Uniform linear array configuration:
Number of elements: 48
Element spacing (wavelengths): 0.25
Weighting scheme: cosine
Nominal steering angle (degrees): -45
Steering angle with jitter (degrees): -43.069
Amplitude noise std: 0.05
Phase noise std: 0.05

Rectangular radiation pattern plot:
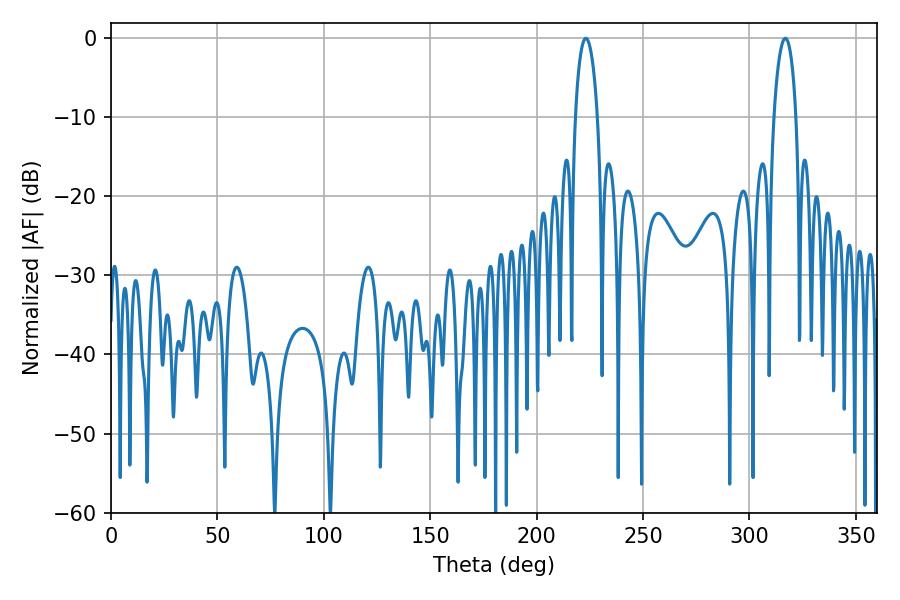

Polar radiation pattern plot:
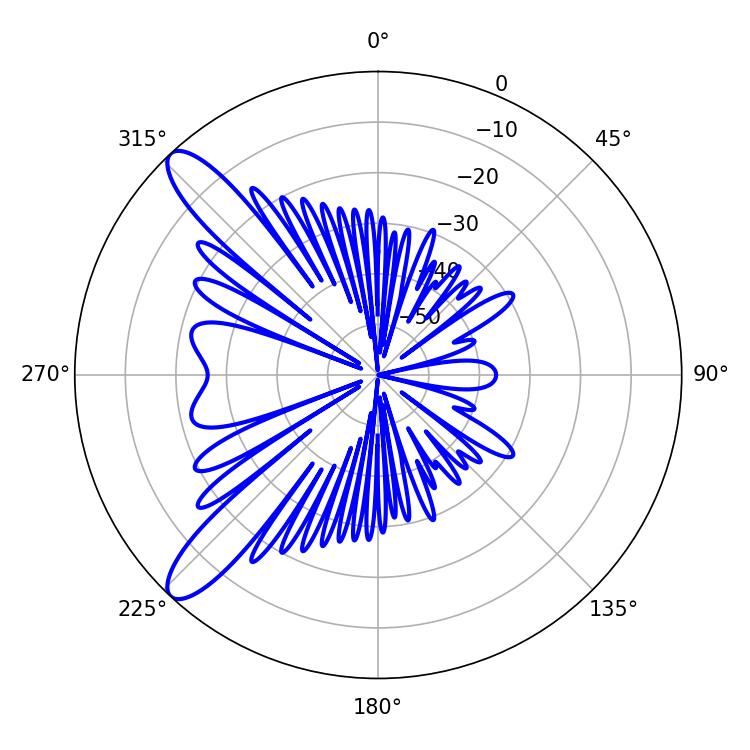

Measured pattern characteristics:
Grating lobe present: FALSE
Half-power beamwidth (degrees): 5.94
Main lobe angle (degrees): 223.2